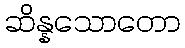
ဆိန္နသောတော